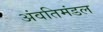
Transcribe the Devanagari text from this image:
अंवतिमंडल